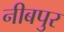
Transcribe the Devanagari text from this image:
नीबपुर